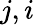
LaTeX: j,i